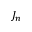
J _ { n }